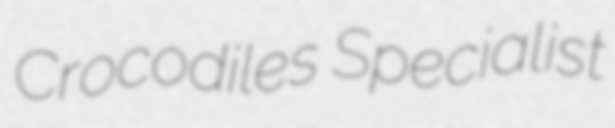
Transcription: Crocodiles Specialist